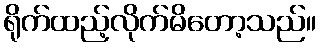
ရိုက်ထည့်လိုက်မိတော့သည်။